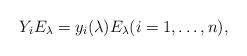
LaTeX: \begin{align*}Y_i E_\lambda = y_i(\lambda) E_\lambda (i=1,\ldots,n),\end{align*}